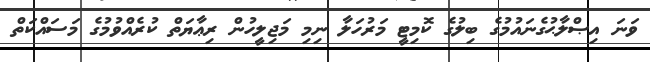
ވަނަ އިޞްލާޙުގެނައުމުގެ ބިލުގެ ކޮމިޓީ މަރުހަލާ ނިމި މަޖިލީހުން ރިޢާޔަތް ކުރެއްވުމުގެ މަސައްކަތް